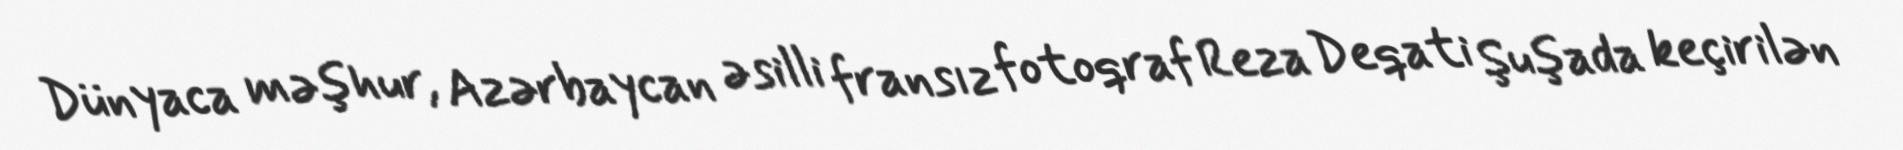
Dünyaca məşhur, Azərbaycan əsilli fransız fotoqraf Reza Deqati Şuşada keçirilən